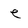
Character: e